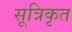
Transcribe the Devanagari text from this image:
सूत्रिकृत